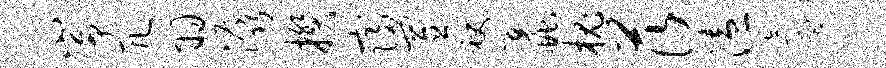
峥冗羽潺揆寝置袂蠡槐茨溘氲